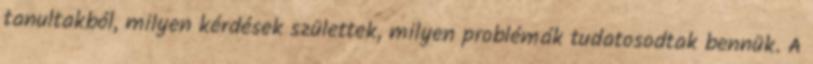
tanultakból, milyen kérdések születtek, milyen problémák tudatosodtak bennük. A